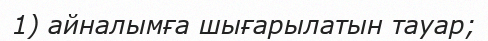
1) айналымға шығарылатын тауар;